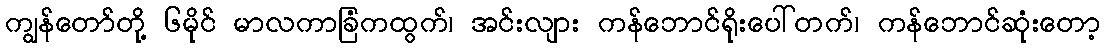
ကျွန်တော်တို့ ၆မိုင် မာလကာခြံကထွက်၊ အင်းလျား ကန်ဘောင်ရိုးပေါ်တက်၊ ကန်ဘောင်ဆုံးတော့